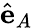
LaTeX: \hat{\mathbf{e}}_{A}